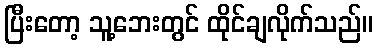
ပြီးတော့ သူ့ဘေးတွင် ထိုင်ချလိုက်သည်။